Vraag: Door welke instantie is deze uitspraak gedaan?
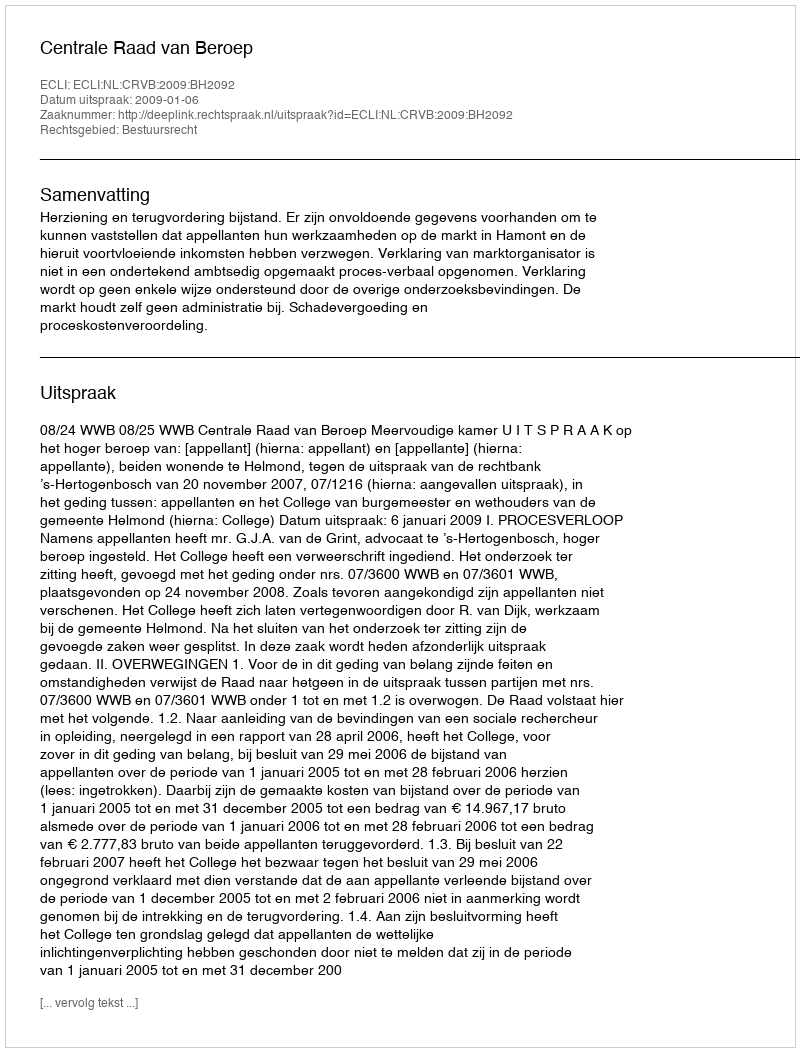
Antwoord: Centrale Raad van Beroep